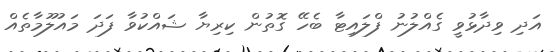
އަދި ވިދާޅުވީ ގެއްލުނު ފްލައިޓާ ބެހޭ ގޮތުން ކިރިޔާ ޝައްކުވާ ފަދަ މައުލޫމާތެއް